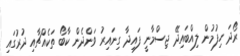
ރޯދަ ހިފުމުން ލިއްބައިދޭ ޖިސްމާނީ ފައިދާ ގިނައިރު ވަންދެން ކާބޯ ތަކެއްޗާއި ދުރުގައި